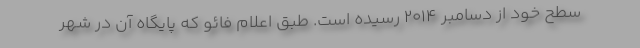
سطح خود از دسامبر ۲۰۱۴ رسیده است. طبق اعلام فائو که پایگاه آن در شهر